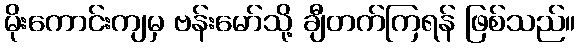
မိုးကောင်းကျမှ ဗန်းမော်သို့ ချီတက်ကြရန် ဖြစ်သည်။